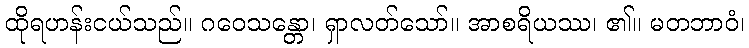
ထိုရဟန်းငယ်သည်။ ဂဝေသန္တော၊ ရှာလတ်သော်။ အာစရိယဿ၊ ၏။ မတဘာဝံ၊